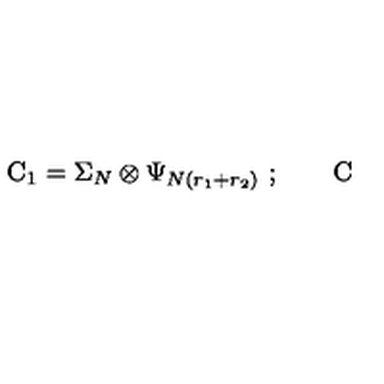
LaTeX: \mathrm { C } _ { 1 } = \Sigma _ { N } \otimes \Psi _ { N ( r _ { 1 } + r _ { 2 } ) } \ ; \qquad \mathrm { C }